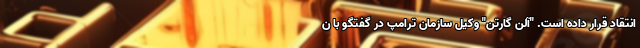
انتقاد قرار داده است. "آلن گارتن" وکیل سازمان ترامپ در گفتگو با ن